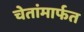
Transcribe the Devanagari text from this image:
चेतांमार्फत